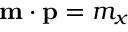
\mathbf { m } \cdot \mathbf { p } = m _ { x }